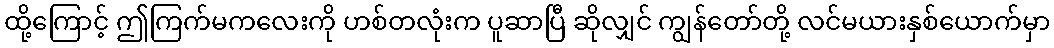
ထို့ကြောင့် ဤကြက်မကလေးကို ဟစ်တလုံးက ပူဆာပြီ ဆိုလျှင် ကျွန်တော်တို့ လင်မယားနှစ်ယောက်မှာ